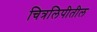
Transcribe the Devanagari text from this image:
चित्रलिपीतील